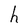
Character: h